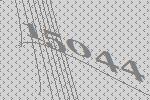
15044